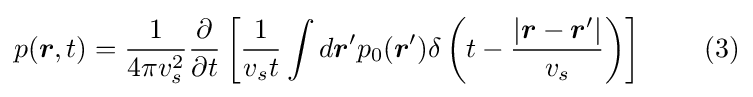
p({\boldsymbol {r}},t)={\frac {1}{4\pi v_{s}^{2}}}{\frac {\partial }{\partial t}}\left[{\frac {1}{v_{s}t}}\int d{\boldsymbol {r}}'p_{0}({\boldsymbol {r}}')\delta \left(t-{\frac {|{\boldsymbol {r}}-{\boldsymbol {r}}'|}{v_{s}}}\right)\right]\qquad \,(3)